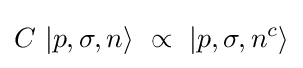
C\ |p,\sigma ,n\rangle \ \propto \ |p,\sigma ,n^{c}\rangle